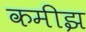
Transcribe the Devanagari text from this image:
कमीझ